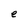
Character: e